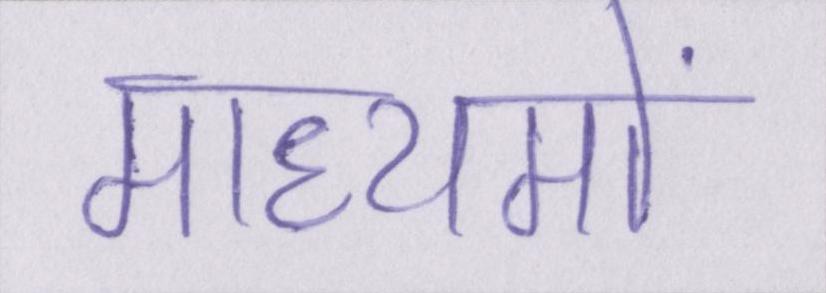
माध्यमों